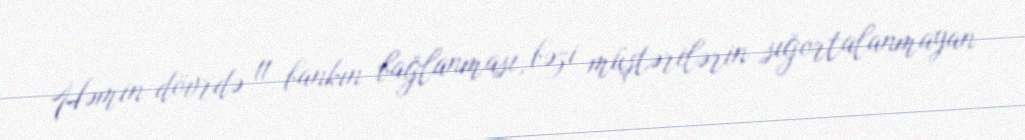
Həmin dövrdə 11 bankın bağlanması, bəzi müştərilərin sığortalanmayan